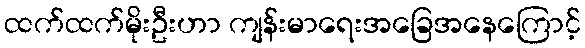
ထက်ထက်မိုးဦးဟာ ကျန်းမာရေးအခြေအနေကြောင့်